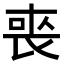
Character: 𭈬